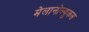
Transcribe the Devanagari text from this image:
मेलानोल्युकस